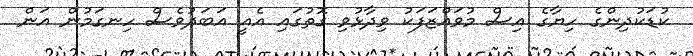
ކުޑަކުދިންގެ ހިޔާގެ އިސް މުވައްޒަފަކު ވިދާޅުވި ގޮތުގައި އެއީ އަބަދުވެސް ހިނގަމުން އަން